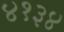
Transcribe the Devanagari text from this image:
४१३४